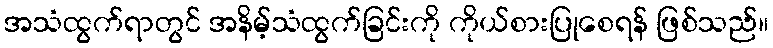
အသံထွက်ရာတွင် အနိမ့်သံထွက်ခြင်းကို ကိုယ်စားပြုစေရန် ဖြစ်သည်။